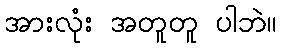
အားလုံး အတူတူ ပါဘဲ။